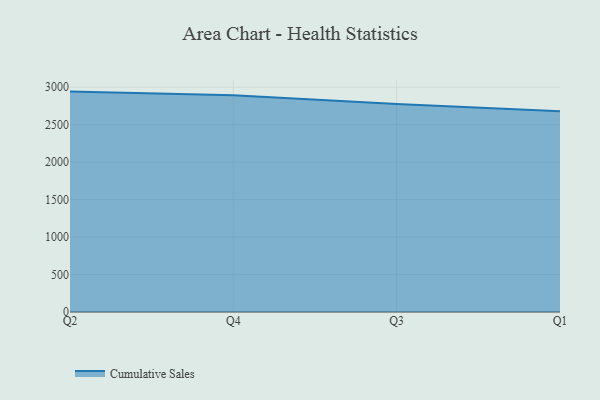
{"axis": {"x": "Quarter", "y": "Inventory Turnover"}, "legend": ["Cumulative Sales"], "data": [{"x": "Q2", "y": 2941.8, "type": "Cumulative Sales"}, {"x": "Q4", "y": 2891.5, "type": "Cumulative Sales"}, {"x": "Q3", "y": 2775.1, "type": "Cumulative Sales"}, {"x": "Q1", "y": 2680.3, "type": "Cumulative Sales"}]}